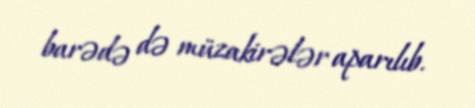
barədə də müzakirələr aparılıb.